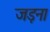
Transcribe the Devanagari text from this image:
जड़ना